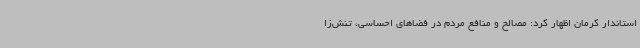
استاندار کرمان اظهار کرد: مصالح و منافع مردم در فضاهای احساسی، تنش‌زا